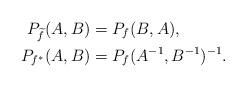
LaTeX: \begin{align*}P_{\widetilde f}(A,B)&=P_f(B,A), \\P_{f^*}(A,B)&=P_f(A^{-1},B^{-1})^{-1}. \end{align*}